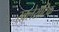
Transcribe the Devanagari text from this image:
स्क्लेरॉटिक